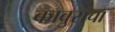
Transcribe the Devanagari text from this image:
कावुराचा